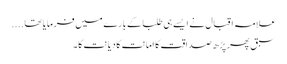
علامہ اقبال نے ایسے ہی طلبا کے بارے میں فرمایا تھا....
سبق پھر پڑھ صداقت کا امانت کا دیانت کا۔